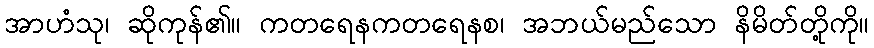
အာဟံသု၊ ဆိုကုန်၏။ ကတရေနကတရေနစ၊ အဘယ်မည်သော နိမိတ်တို့ကို။